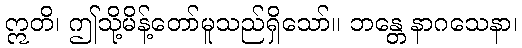
ဣတိ၊ ဤသို့မိန့်တော်မူသည်ရှိသော်။ ဘန္တေ နာဂသေနာ၊